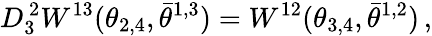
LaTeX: D_{3}^{\, 2}W^{13}(\theta_{2,4},\bar{\theta}^{1,3})=W^{12}(\theta_{3,4},\bar{\theta}^{1,2})\, ,